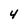
Character: 4